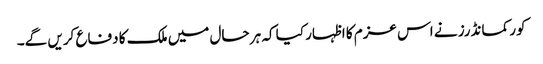
کور کمانڈرز نے اس عزم کا اظہار کیا کہ ہر حال میں ملک کا دفاع کریں گے۔